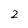
Character: 2